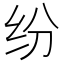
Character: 纷